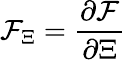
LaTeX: \mathcal{F}_{\Xi}=\frac{\partial\mathcal{F}}{\partial\Xi}